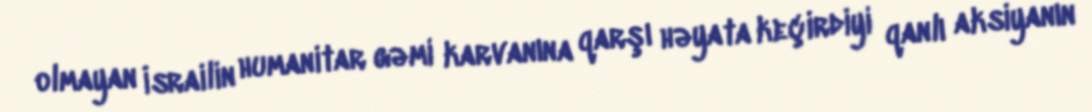
olmayan İsrailin humanitar gəmi karvanına qarşı həyata keçirdiyi qanlı aksiyanın